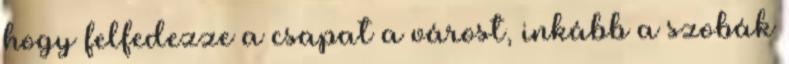
hogy felfedezze a csapat a várost, inkább a szobák